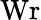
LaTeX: \mathrm{Wr}